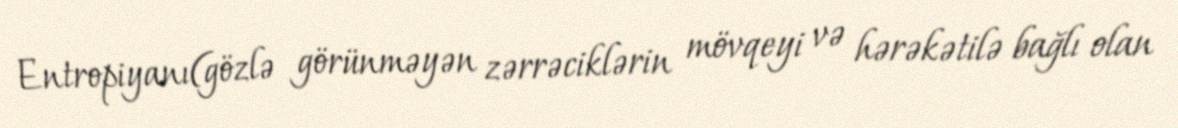
Entropiyanı(gözlə görünməyən zərrəciklərin mövqeyi və hərəkətilə bağlı olan